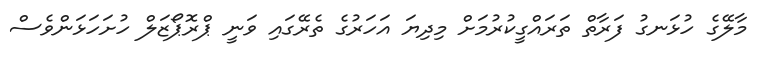
މާލޭގެ ހުޅަނގު ފަރާތް ތަރައްގީކުރުމަށް މިދިޔަ އަހަރުގެ ތެރޭގައި ވަނީ ޕްރޮޕޯޒަލް ހުށަހަޅަންވެސް